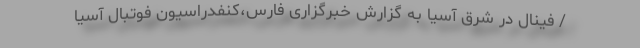
/ فینال در شرق آسیا به گزارش خبرگزاری فارس،کنفدراسیون فوتبال آسیا